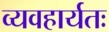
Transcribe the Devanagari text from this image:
व्यवहार्यतः